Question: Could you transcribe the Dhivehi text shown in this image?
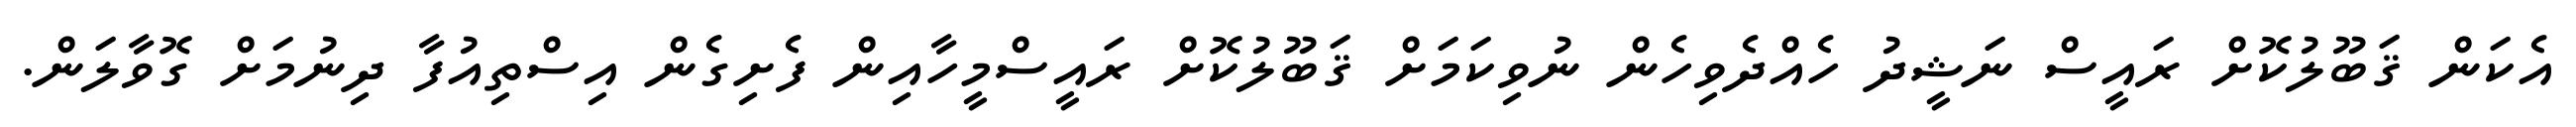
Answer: އެކަން ޤަބޫލުކޮށް ރައީސް ނަޝީދު ހެއްދެވިހެން ނުވިކަމަށް ޤަބޫލުކޮށް ރައީސްމީހާއިން ފެށިގެން އިސްތިއުފާ ދިނުމަށް ގޮވާލަން.